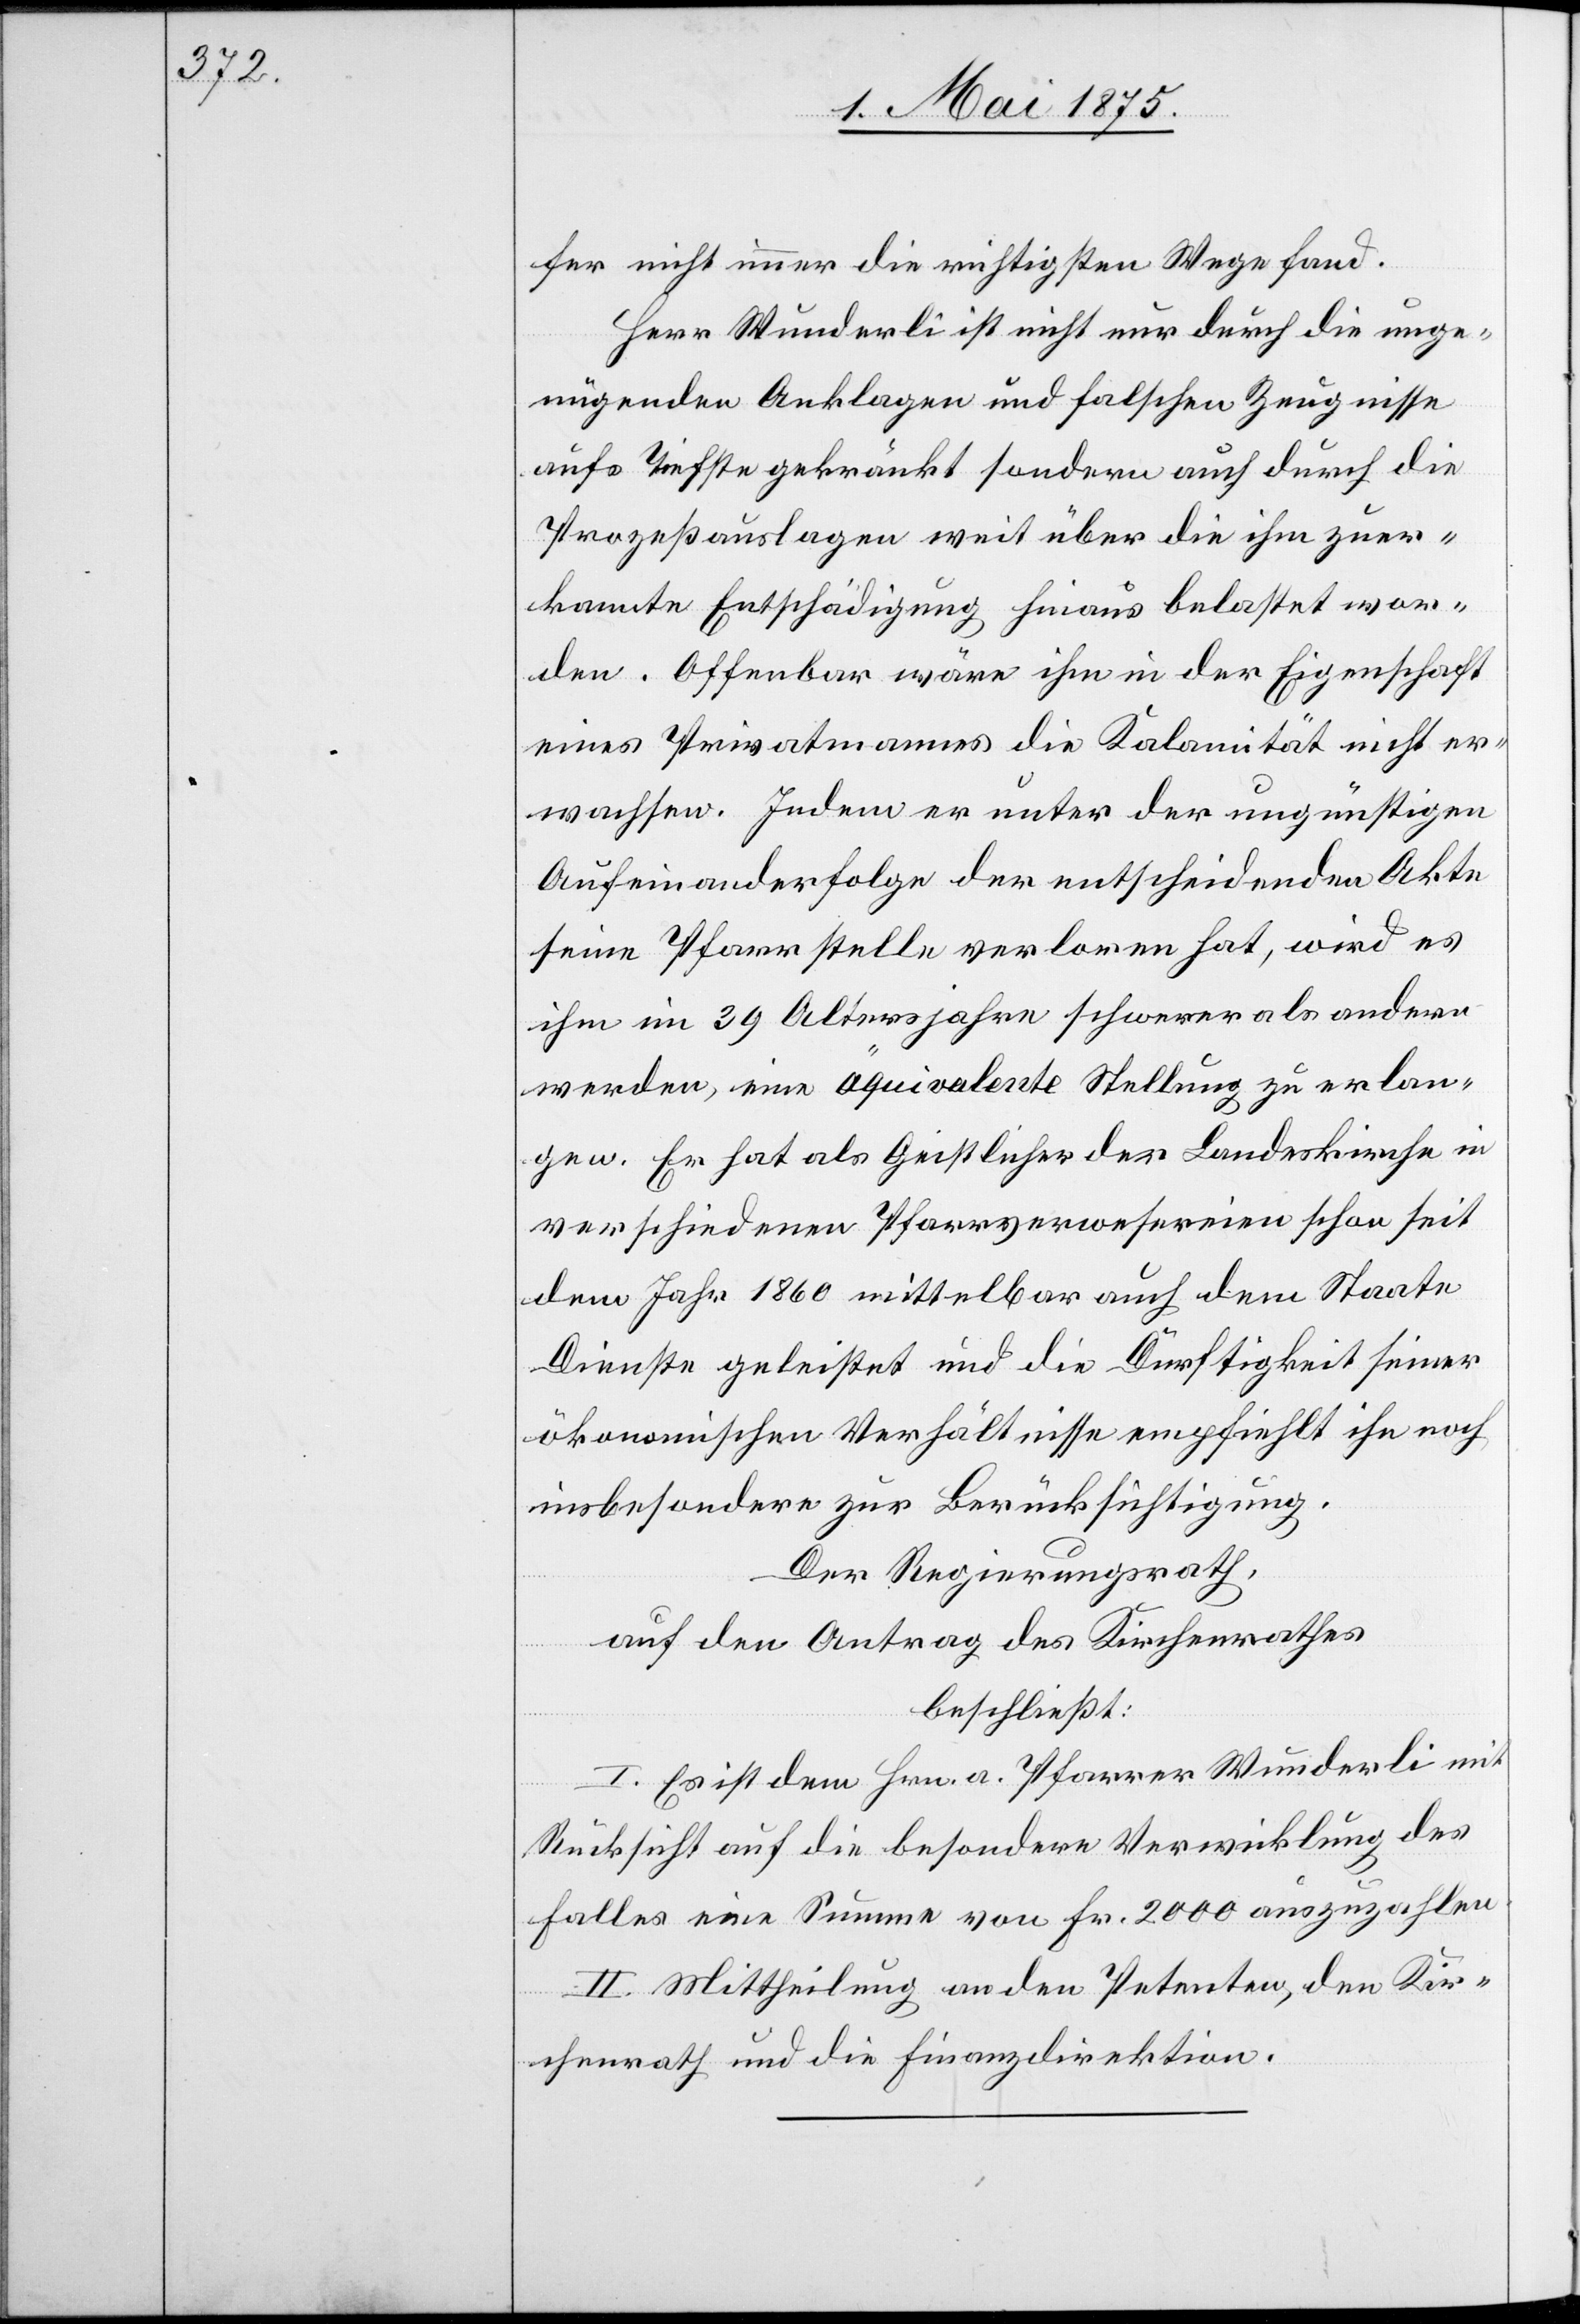
fer nicht immer die richtigsten Wege fand.
Herr Wunderli ist nicht nur durch die unge¬
nügenden Anklagen und falschen Zeugnisse
aufs Tiefste gekränkt sondern durch die
Prozessauslagen weit über die ihm zuer¬
kannte Entschädigung hinaus belastet wor¬
den. Offenbar wäre ihm in der Eigenschaft
eines Privatmanns die Kalamität nicht er¬
wachsen. Indem er unter der ungünstigen
Aufeinanderfolge der entscheidenden Akte
seine Pfarrstelle verloren hat, wird es
ihm im 39. Altersjahre schwerer als [für] andere
werden, eine äquivalente Stellung zu erlan¬
gen. Er hat als Geistlicher der Landeskirche in
verschiedenen Pfarrverwesereien schon seit
dem Jahr 1860 mittelbar auch dem Staate
Dienste geleistet und die Dürftigkeit seiner
ökonomischen Verhältnisse empfiehlt ihn noch
insbesondere zur Berücksichtigung.
Der Regierungsrath,
auf den Antrag des Kirchenrathes
beschließt:
I. Es ist dem Hrn. a. Pfarrer Wunderli mit
Rücksicht auf die besondere Verwicklung des
Falles eine Summe von Fr. 2000 auszuzahlen.
II. Mittheilung an den Petenten, den Kir¬
chenrath und die Finanzdirektion.